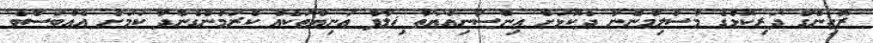
ރޮހިންގާ ދަރިކޮޅުގެ މުސްލިމުންނާ ދެކޮޅަށް އިންސާނިއްޔަތާ ޚިލާފު އަނިޔާތަކެއް ކުރަމުންގެންދާ ކަމަށް އެއްބަސްވެ